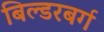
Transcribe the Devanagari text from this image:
बिल्डरबर्ग